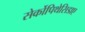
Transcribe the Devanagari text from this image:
सेर्कोपिथेसिडाए